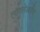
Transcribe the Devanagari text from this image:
लागलेआणि